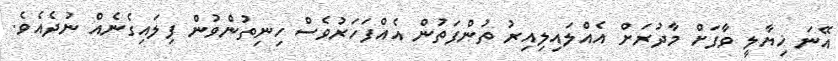
އޭނަ ޚިޔާލީ ވާފަށް މާދުރަށް އެއްލައިލިއިރު ތުންފަތުން އެއްފަހަރުވެސް ހިނިތުންވުން ފިލައިގެނެއް ނުދެއެވެ.